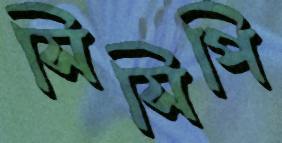
সিসিপি